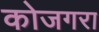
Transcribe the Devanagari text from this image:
कोजगरा